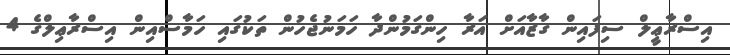
އިސްރާޢީލް ސިފައިން ގާޒާއަށް އަރާ ހިންގަމުންދާ ހަމަނުޖެހުން ތަކުގައި ހަމާސްއިން އިސްރާޢިލްގެ 4